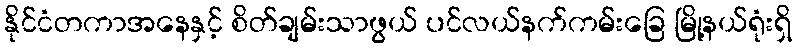
နိုင်ငံတကာအနေနှင့် စိတ်ချမ်းသာဖွယ် ပင်လယ်နက်ကမ်းခြေ မြို့နယ်ရုံးရှိ